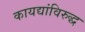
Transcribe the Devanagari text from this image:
कायद्यांविरुद्ध